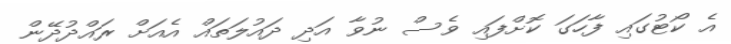
އެ ކޯޓުގައި ފާހަގަ ކޮށްފައި ވެސް ނުވާ އަދި ދައުލަތައް އެއަށް ރައްދުދޭން